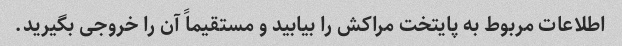
اطلاعات مربوط به پایتخت مراکش را بیابید و مستقیماً آن را خروجی بگیرید.